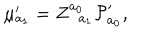
\mu _ { a _ { 1 } } ^ { \prime } = Z _ { \; \; a _ { 1 } } ^ { a _ { 0 } } { \cal P } _ { a _ { 0 } } ^ { \prime } ,